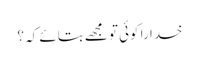
خدا را کوئی تو مجھے بتائے کہ ؟